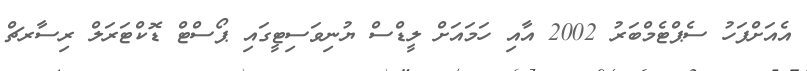
އެއަށްފަހު ސެޕްޓެމްބަރު 2002 އާއި ހަމައަށް ލީޑްސް ޔުނިވަސިޓީގައި ޕޯސްޓް ޑޮކްޓަރަލް ރިސާރޗް